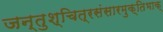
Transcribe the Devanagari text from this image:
जन्तुश्चित्रसंसारमुक्तिभाक्